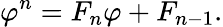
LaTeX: \varphi^{n}=F_{n}\varphi+F_{n-1}.